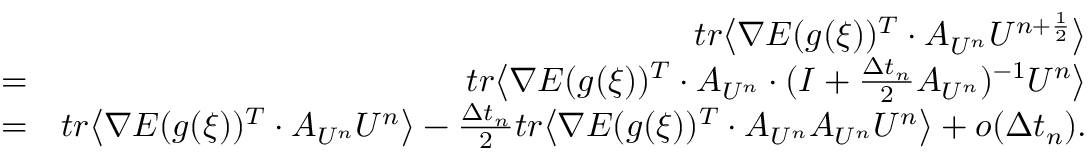
\begin{array} { r l r } & { } & { t r \big \langle \nabla E ( g ( \xi ) ) ^ { T } \cdot A _ { U ^ { n } } U ^ { n + \frac { 1 } { 2 } } \big \rangle } \\ & { = } & { t r \big \langle \nabla E ( g ( \xi ) ) ^ { T } \cdot A _ { U ^ { n } } \cdot ( I + \frac { \Delta t _ { n } } { 2 } A _ { U ^ { n } } ) ^ { - 1 } U ^ { n } \big \rangle } \\ & { = } & { t r \big \langle \nabla E ( g ( \xi ) ) ^ { T } \cdot A _ { U ^ { n } } U ^ { n } \big \rangle - \frac { \Delta t _ { n } } { 2 } t r \big \langle \nabla E ( g ( \xi ) ) ^ { T } \cdot A _ { U ^ { n } } A _ { U ^ { n } } U ^ { n } \big \rangle + o ( \Delta t _ { n } ) . } \end{array}